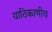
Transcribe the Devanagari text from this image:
याठिकाणीच